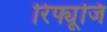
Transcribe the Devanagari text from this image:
रिफ्यूजि